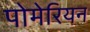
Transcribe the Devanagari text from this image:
पोमेरियन